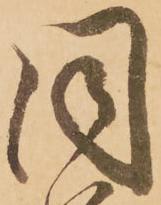
同